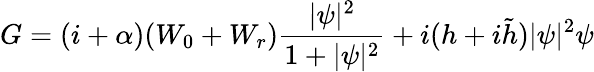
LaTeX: G=(i+\alpha)(W_{0}+W_{r})\frac{|\psi|^{2}}{1+|\psi|^{2}}+i(h+i\tilde{h})|\psi|^{2}\psi